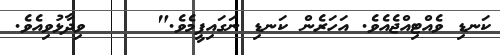
ކަނޑި ވެއްޓިއްޖެއެވެ. އަހަރެން ކަނޑި ނަގައިފީމެވެ."     ވިދާޅުވިއެވެ.